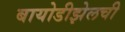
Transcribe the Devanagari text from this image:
बायोडीझेलची